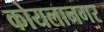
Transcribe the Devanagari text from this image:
कोयलानगर